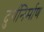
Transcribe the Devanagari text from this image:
दुर्गनिर्माण